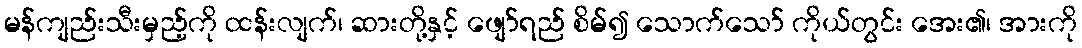
မန်ကျည်းသီးမှည့်ကို ထန်းလျက်၊ ဆားတို့နှင့် ဖျော်ရည် စိမ်၍ သောက်သော် ကိုယ်တွင်း အေး၏၊ အားကို